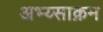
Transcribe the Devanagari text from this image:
अभ्य्साक्रम